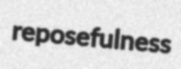
reposefulness